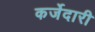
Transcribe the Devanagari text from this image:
कर्जेदारी